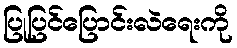
ပြုပြင်ပြောင်းလဲရေးကို